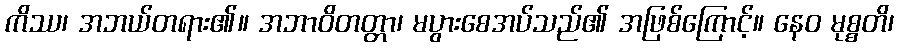
ကိဿ၊ အဘယ်တရား၏။ အဘာဝိတတ္တာ၊ မပွားစေအပ်သည်၏ အဖြစ်ကြောင့်။ နေဝ မုစ္စတိ၊